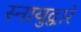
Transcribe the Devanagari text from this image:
स्नायुद्वारे